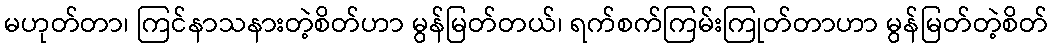
မဟုတ်တာ၊ ကြင်နာသနားတဲ့စိတ်ဟာ မွန်မြတ်တယ်၊ ရက်စက်ကြမ်းကြုတ်တာဟာ မွန်မြတ်တဲ့စိတ်